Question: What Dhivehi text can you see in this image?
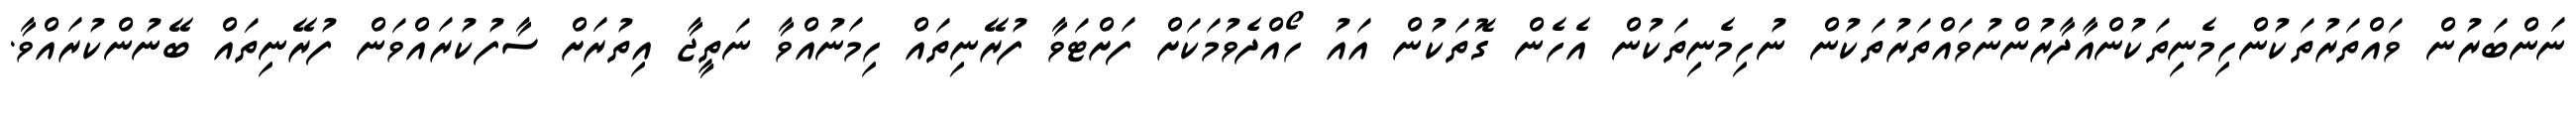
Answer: ނަންބަރުން ވައްތަރުތަކުންހިމެނިތަކުންއާދާރުންނުވައްތަރުތަކުން ނުހިމެނިތަކުން އެހެން ގޮތަކުން އައު ހޯއްދެވުމަކަށް ފަށްޓަވާ ފުރޭނިތައް ހިމަނުއްވާ ނަތީޖާ އިތުރަށް ސާފުކުރައްވަން ފުރޭނިތައް ބޭނުންކުރައްވާ.